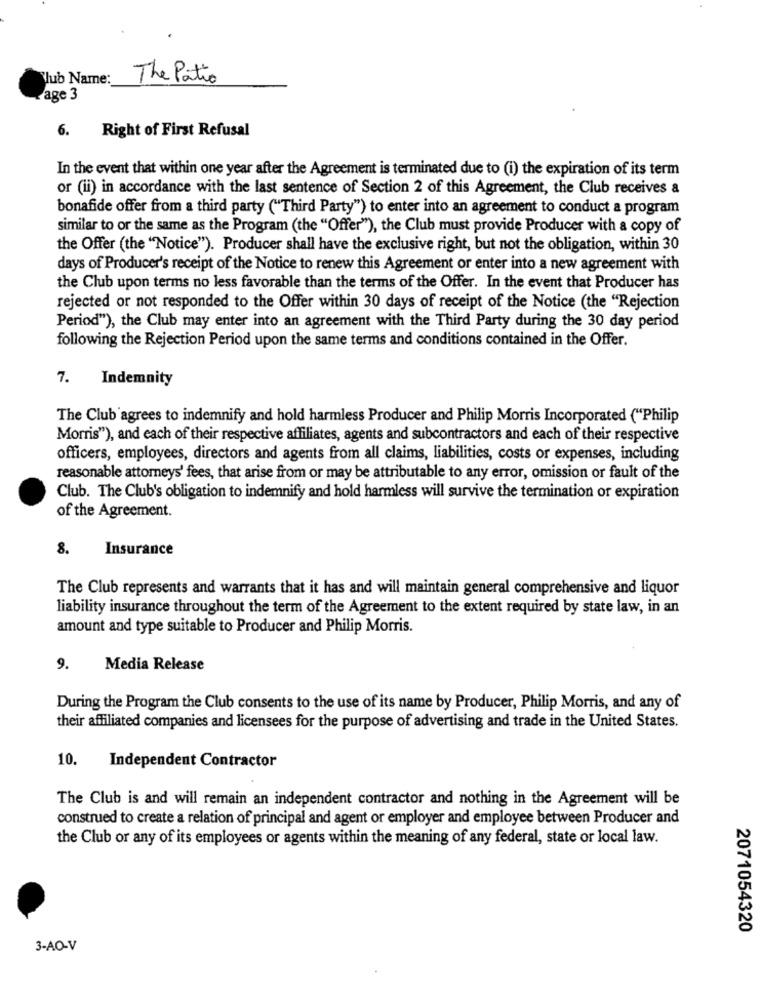
Vub Name:
The Patio
Page 3
Right of First Refusal
6.
In the event that within one year after the Agreement is terminated due to (i) the expiration of its term
or (ii) in accordance with the last sentence of Section 2 of this Agreement, the Club receives a
bonafide offer from a third party ("Third Party") to enter into an agreement to conduct a program
similar to or the same as the Program (the "Offer"), the Club must provide Producer with a copy of
the Offer (the "Notice"). Producer shall have the exclusive right, but not the obligation, within 30
days of Producer's receipt of the Notice to renew this Agreement or enter into a new agreement with
the Club upon terms no less favorable than the terms of the Offer. In the event that Producer has
rejected or not responded to the Offer within 30 days of receipt of the Notice (the "Rejection
Period"), the Club may enter into an agreement with the Third Party during the 30 day period
following the Rejection Period upon the same terms and conditions contained in the Offer.
7.
Indemnity
The Club agrees to indemnify and hold harmless Producer and Philip Morris Incorporated ("Philip
Morris"), and each of their respective affiliates, agents and subcontractors and each of their respective
officers, employees, directors and agents from all claims, liabilities, costs or expenses, including
reasonable attorneys' fees, that arise from or may be attributable to any error, omission or fault of the
Club. The Club's obligation to indemnify and hold harmless will survive the termination or expiration
of the Agreement.
8.
Insurance
The Club represents and warrants that it has and will maintain general comprehensive and liquor
liability insurance throughout the term of the Agreement to the extent required by state law, in an
amount and type suitable to Producer and Philip Morris.
9.
Media Release
During the Program the Club consents to the use of its name by Producer, Philip Morris, and any of
their affiliated companies and licensees for the purpose of advertising and trade in the United States.
10.
Independent Contractor
The Club is and will remain an independent contractor and nothing in the Agreement will be
construed to create a relation of principal and agent or employer and employee between Producer and
the Club or any of its employees or agents within the meaning of any federal, state or local law.
2071054320
3-AO-V